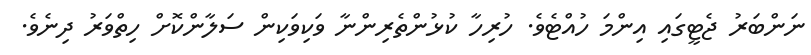
ނަންބަރު ޖެޓީގައި އިންމަ ހުއްޓެވެ. ހުރިހާ ކުޅުންތެރިންނާ ވަކިވަކިން ސަލާންކޮށް ހިތްވަރު ދިނެވެ.